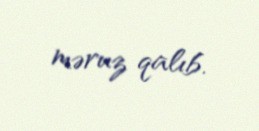
məruz qalıb.